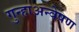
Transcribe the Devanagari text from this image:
गुन्हाअन्वेषण